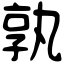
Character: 孰